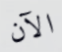
الآن